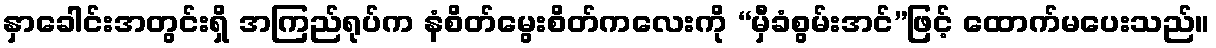
နှာခေါင်းအတွင်းရှိ အကြည်ရုပ်က နံစိတ်မွေးစိတ်ကလေးကို “မှီခံစွမ်းအင်”ဖြင့် ထောက်မပေးသည်။